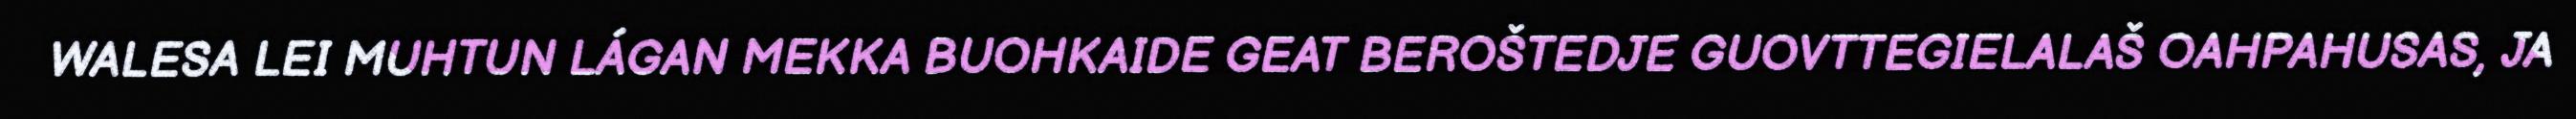
WALESA LEI MUHTUN LÁGAN MEKKA BUOHKAIDE GEAT BEROŠTEDJE GUOVTTEGIELALAŠ OAHPAHUSAS, JA